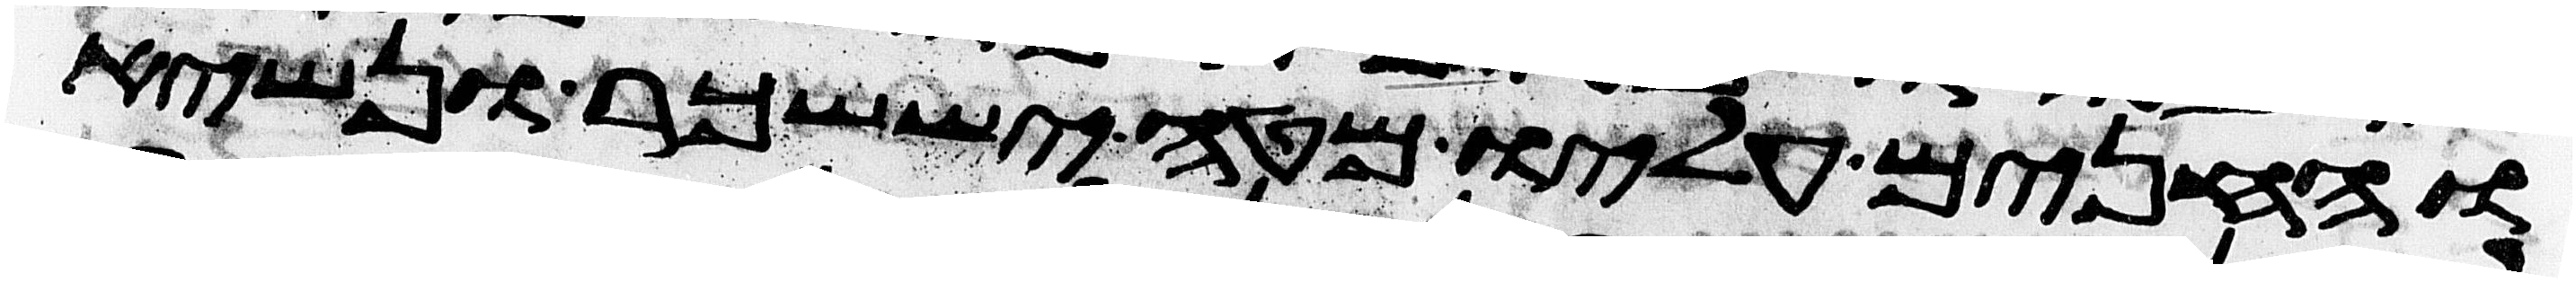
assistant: והחנים עליו מטה יששכר ונשיא